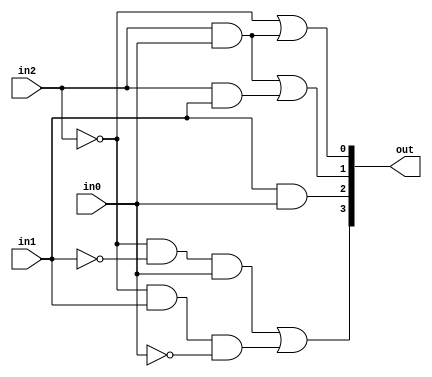
`timescale 1ns/1ns

module lab3(in2, in1, in0, out);
	input in2, in1, in0;		//input output
	reg out3, out2, out1, out0;
	output [3:0]out;
	
	reg [3:0]out;
	
	always @ (*)
	begin
	/*      */
		out0=(!in2)|(in2&in0);
		out1=(in2&in0)|(in2&in1);;
		out2=(in1&in0);
		out3=(!in2&!in1&in0)|(!in2&in1&!in0);
	/*      */	
		out={out3, out2, out1, out0};
		
	end
endmodule